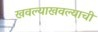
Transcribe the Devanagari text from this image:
खवल्याखवल्याची